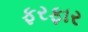
ફરફાર